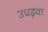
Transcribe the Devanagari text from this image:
उधड़वा